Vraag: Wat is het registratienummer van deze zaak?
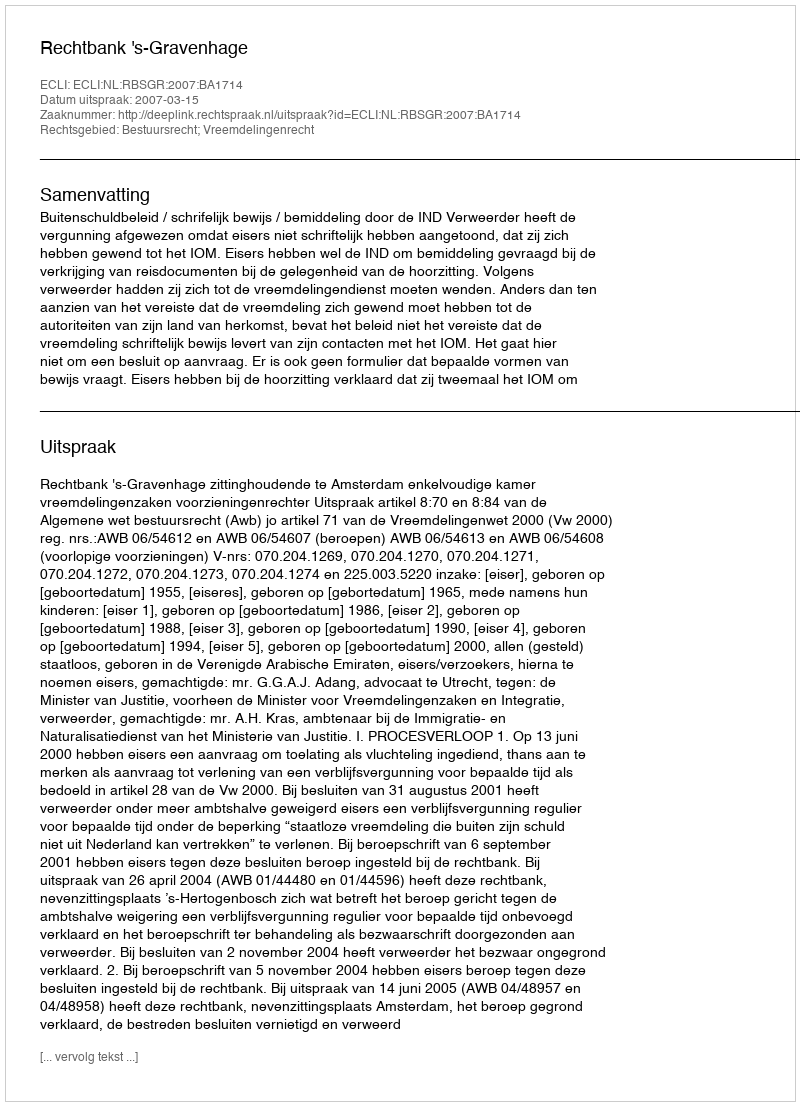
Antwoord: http://deeplink.rechtspraak.nl/uitspraak?id=ECLI:NL:RBSGR:2007:BA1714